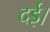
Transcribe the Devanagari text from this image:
दई।